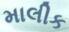
માલીક